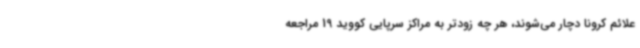
علائم کرونا دچار می‌شوند، هر چه زودتر به مراکز سرپایی کووید 19 مراجعه